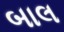
બાલ